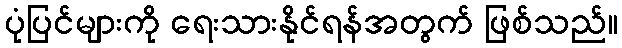
ပုံပြင်များကို ရေးသားနိုင်ရန်အတွက် ဖြစ်သည်။